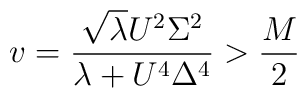
v=\frac{\sqrt{\lambda}U^2\Sigma^2}{\lambda+U^4\Delta^4} > \frac{M}{2}